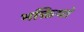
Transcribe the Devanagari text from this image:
भक्तियां